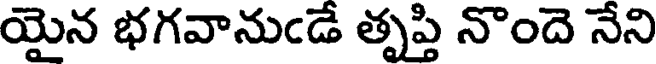
యైన భగవానుఁడే తృప్తి నొందె నేని